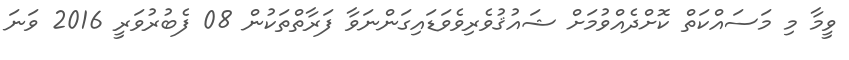
ވީމާ މި މަސައްކަތް ކޮށްދެއްވުމަށް ޝައުޤުވެރިވެވަޑައިގަންނަވާ ފަރާތްތަކުން 08 ފެބުރުވަރީ 2016 ވަނަ